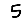
Digit: 5